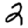
Digit: 2